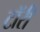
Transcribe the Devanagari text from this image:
टॉरी